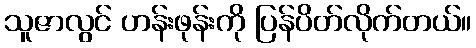
သူဇာလွင် ဟန်းဖုန်းကို ပြန်ပိတ်လိုက်တယ်။